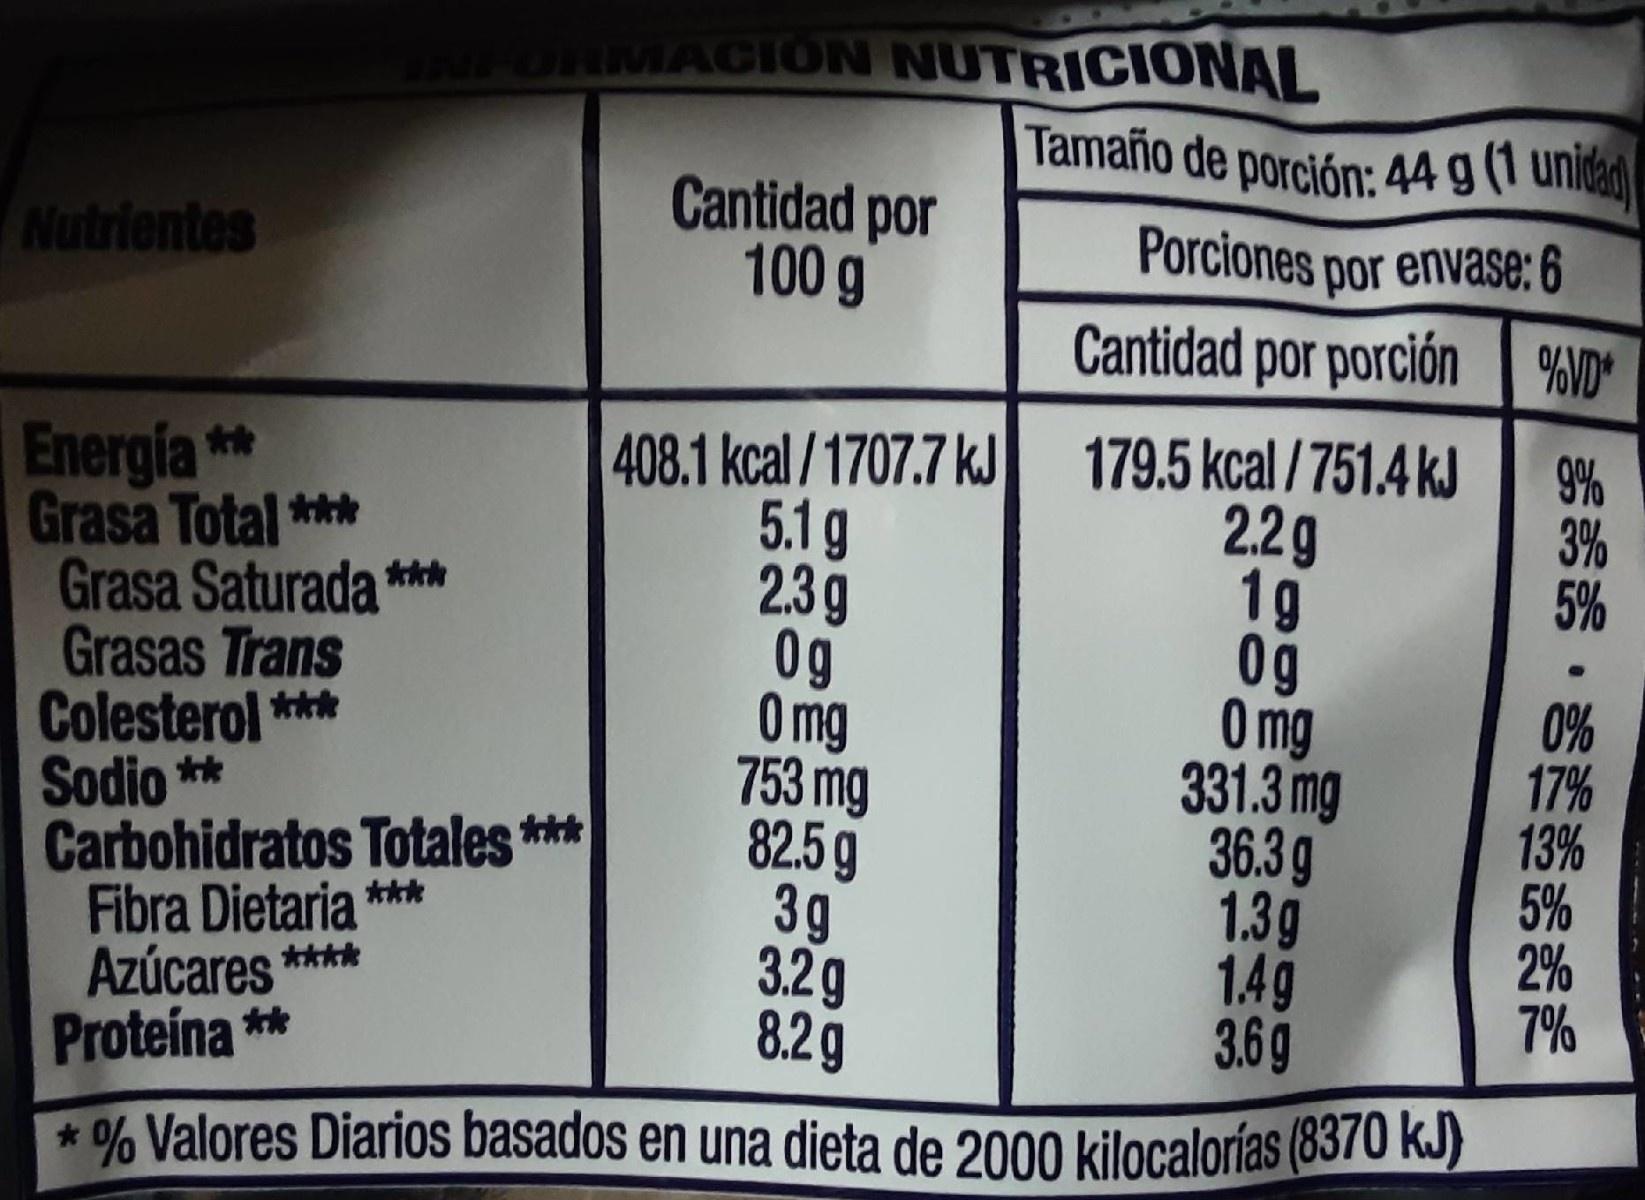
ORMACION NUTRICIONAL
Tamaño de porción: 44 9 (1 uniad)
Cantidad por 100 g
Nutrientes
Porciones por envase: 6
Cantidad por porción %VD
Energía ** Grasa Total *** Grasa Saturada *** Grasas Trans Colesterol *** Sodio ** Carbohidratos Totales *** Fibra Dietaria *** Azúcares **** Proteína **
408.1 kcal /1707.7 kJ 5.1 g 2.3g 0g Omg 753 mg 82.5g 3g 3.2g 8.2g
179.5 kcal / 751.4 kJ 2.2g 1g 0g O mg 331.3 mg 36.3g 1.3g 1.4g 3.69
9% 3% 5%
0% 17% 13% 5% 2% 7%
* % Valores Diarios basados en una dieta de 2000 kilocalorías (8370 KJ)